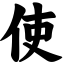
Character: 使